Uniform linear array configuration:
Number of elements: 4
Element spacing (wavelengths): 0.75
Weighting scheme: kaiser
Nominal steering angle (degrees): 60
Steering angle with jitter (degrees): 60.79
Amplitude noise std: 0.05
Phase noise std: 0.05

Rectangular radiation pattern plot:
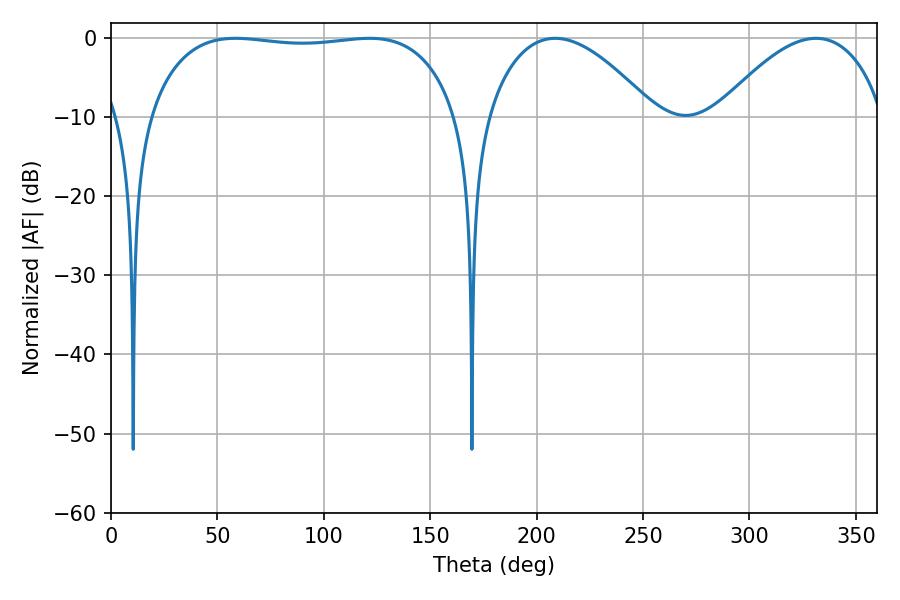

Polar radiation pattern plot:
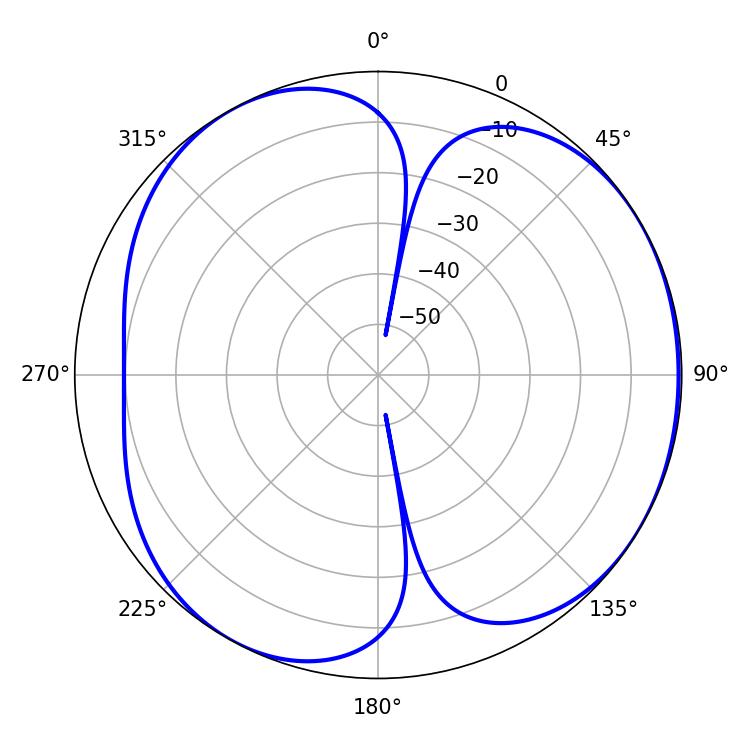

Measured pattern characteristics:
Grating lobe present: TRUE
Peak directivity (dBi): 4.591
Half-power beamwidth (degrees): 115.2
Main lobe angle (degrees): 58.5